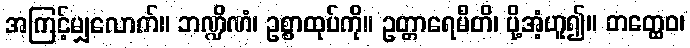
အကြင့်မျှလောက်။ ဘဏ္ဍိဏံ၊ ဥစ္စာထုပ်ကို။ ဥတ္တာရေမီတိ၊ ပို့အံ့ဟူ၍။ တတ္ထေဝ၊